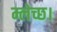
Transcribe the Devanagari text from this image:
म्लेच्छ।